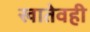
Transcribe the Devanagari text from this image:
खातेवही